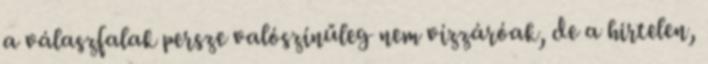
a válaszfalak persze valószínűleg nem vízzáróak, de a hirtelen,